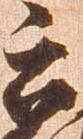
被